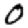
Digit: 0